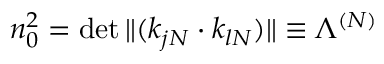
n _ { 0 } ^ { 2 } = \operatorname * { d e t } \| ( k _ { j N } \cdot k _ { l N } ) \| \equiv \Lambda ^ { ( N ) }